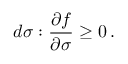
d { \boldsymbol { \sigma } } : { \frac { \partial f } { \partial { \boldsymbol { \sigma } } } } \geq 0 \, .